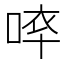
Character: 𠵒